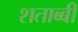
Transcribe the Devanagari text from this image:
शताब्बी